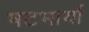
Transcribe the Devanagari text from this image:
षटभार्या